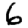
Digit: 6